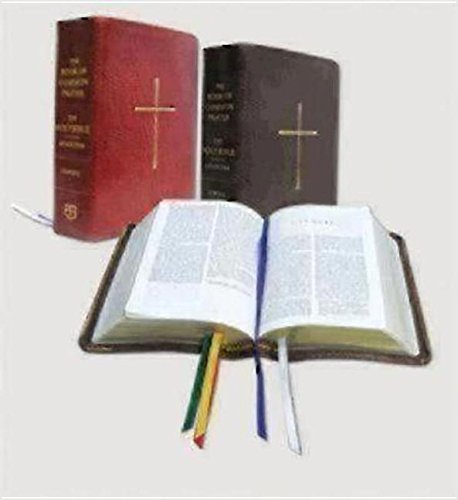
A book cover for The Book of Common Prayer and The Holy Bible New Revised Standard Version: Red Bonded Leather; Church Publishing; Christian Books & Bibles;